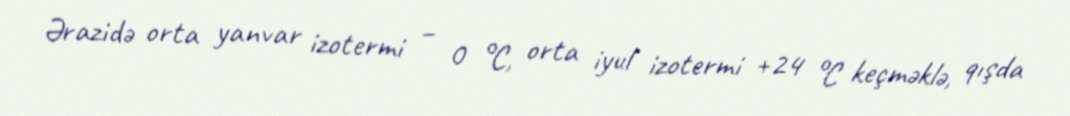
Ərazidə orta yanvar izotermi – 0 °C, orta iyul izotermi +24 °C keçməklə, qışda